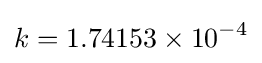
k=1.74153\times 10^{-4}